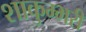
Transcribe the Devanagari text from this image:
शाकुम्भरी